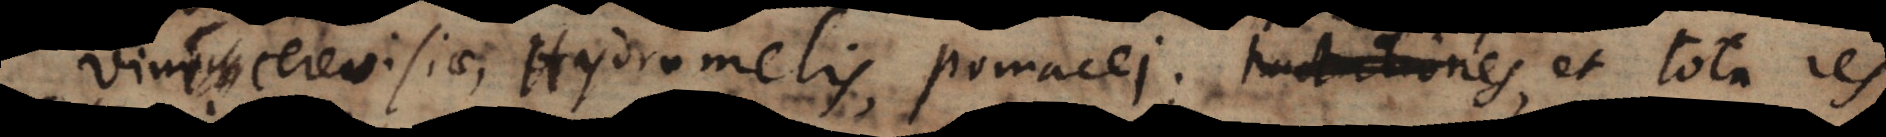
evisiae, Hydromelis, pomacei parationes, et tota res